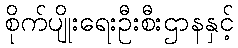
စိုက်ပျိုးရေးဦးစီးဌာနနှင့်